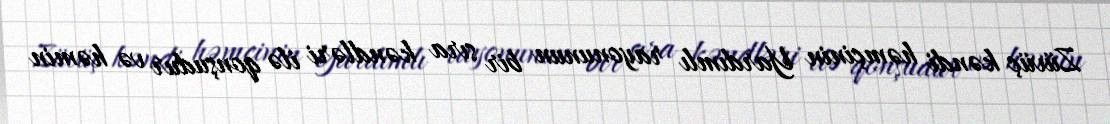
Züvüç kəndi həmçinin Yardımlı rayonunun bir sıra kəndləri ilə qonşudur və həmin